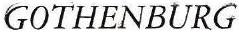
GOTHENBURG